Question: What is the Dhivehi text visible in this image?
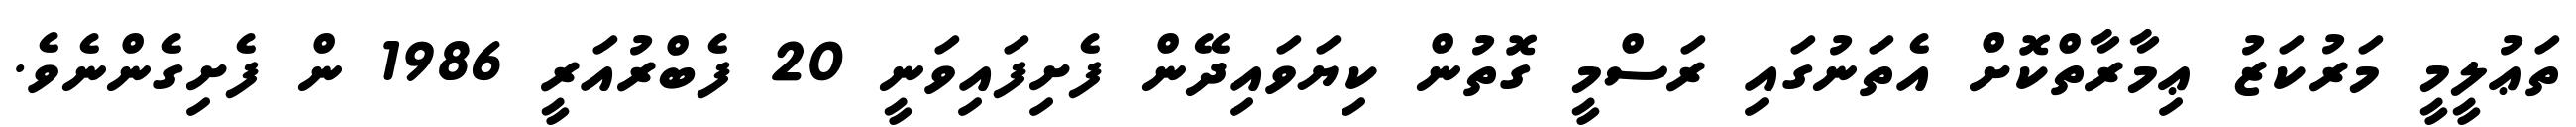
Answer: ތަޢުލީމީ މަރުކަޒު ޢިމާރާތްކޮށް އެތަނުގައި ރަސްމީ ގޮތުން ކިޔަވައިދޭން ފެށިފައިވަނީ 20 ފެބްރުއަރީ 1986 ން ފެށިގެންނެވެ.